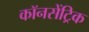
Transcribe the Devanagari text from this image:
कॉनसेंट्रिक